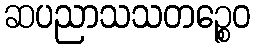
ဆပညာသသတဉ္စေဝ